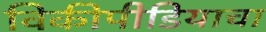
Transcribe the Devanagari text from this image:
विकीपीडियाचा